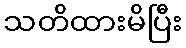
သတိထားမိပြီး